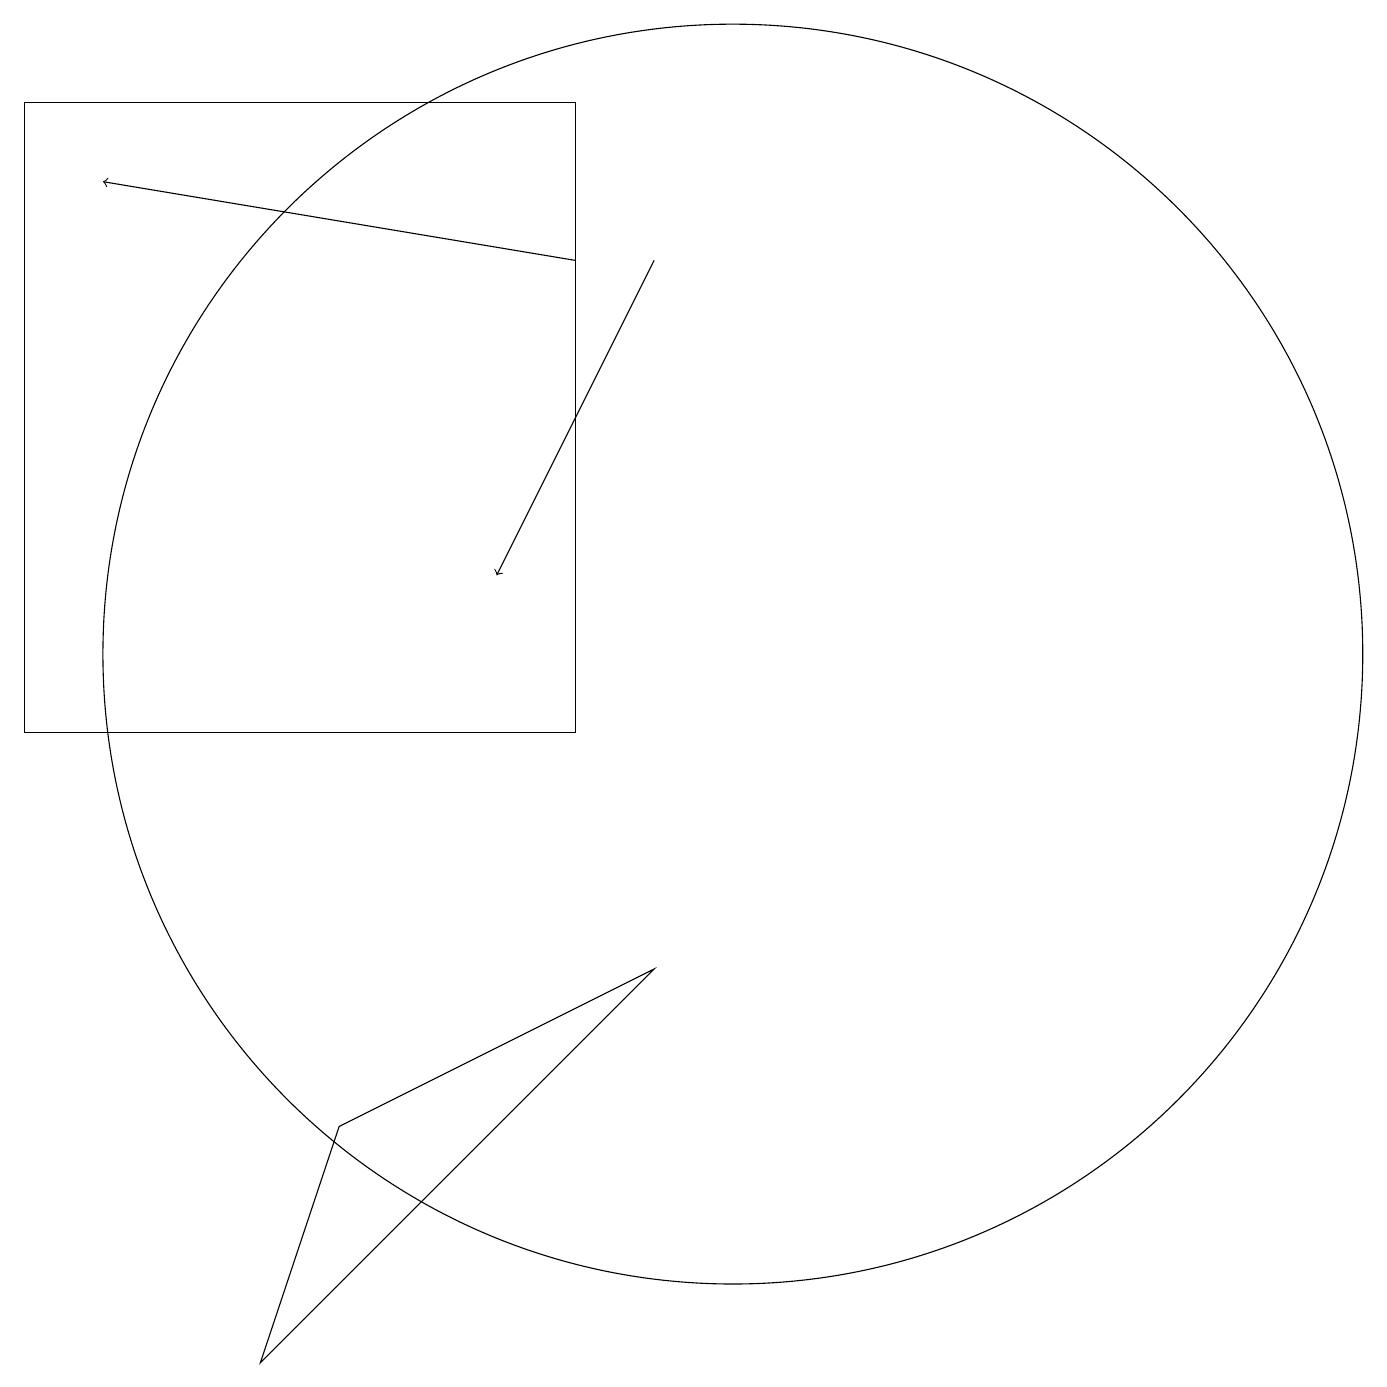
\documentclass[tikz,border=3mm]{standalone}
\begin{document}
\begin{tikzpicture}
\draw (8,18) rectangle (1,10);
\draw[->] (8,16) -- (2,17);
\draw (5,5) -- (9,7) -- (4,2) -- cycle;
\draw[->] (9,16) -- (7,12);
\draw (10,11) circle (8);
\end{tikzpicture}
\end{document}